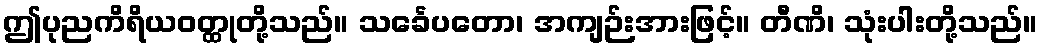
ဤပုညကိရိယဝတ္ထုတို့သည်။ သင်္ခေပတော၊ အကျဉ်းအားဖြင့်။ တီဏိ၊ သုံးပါးတို့သည်။